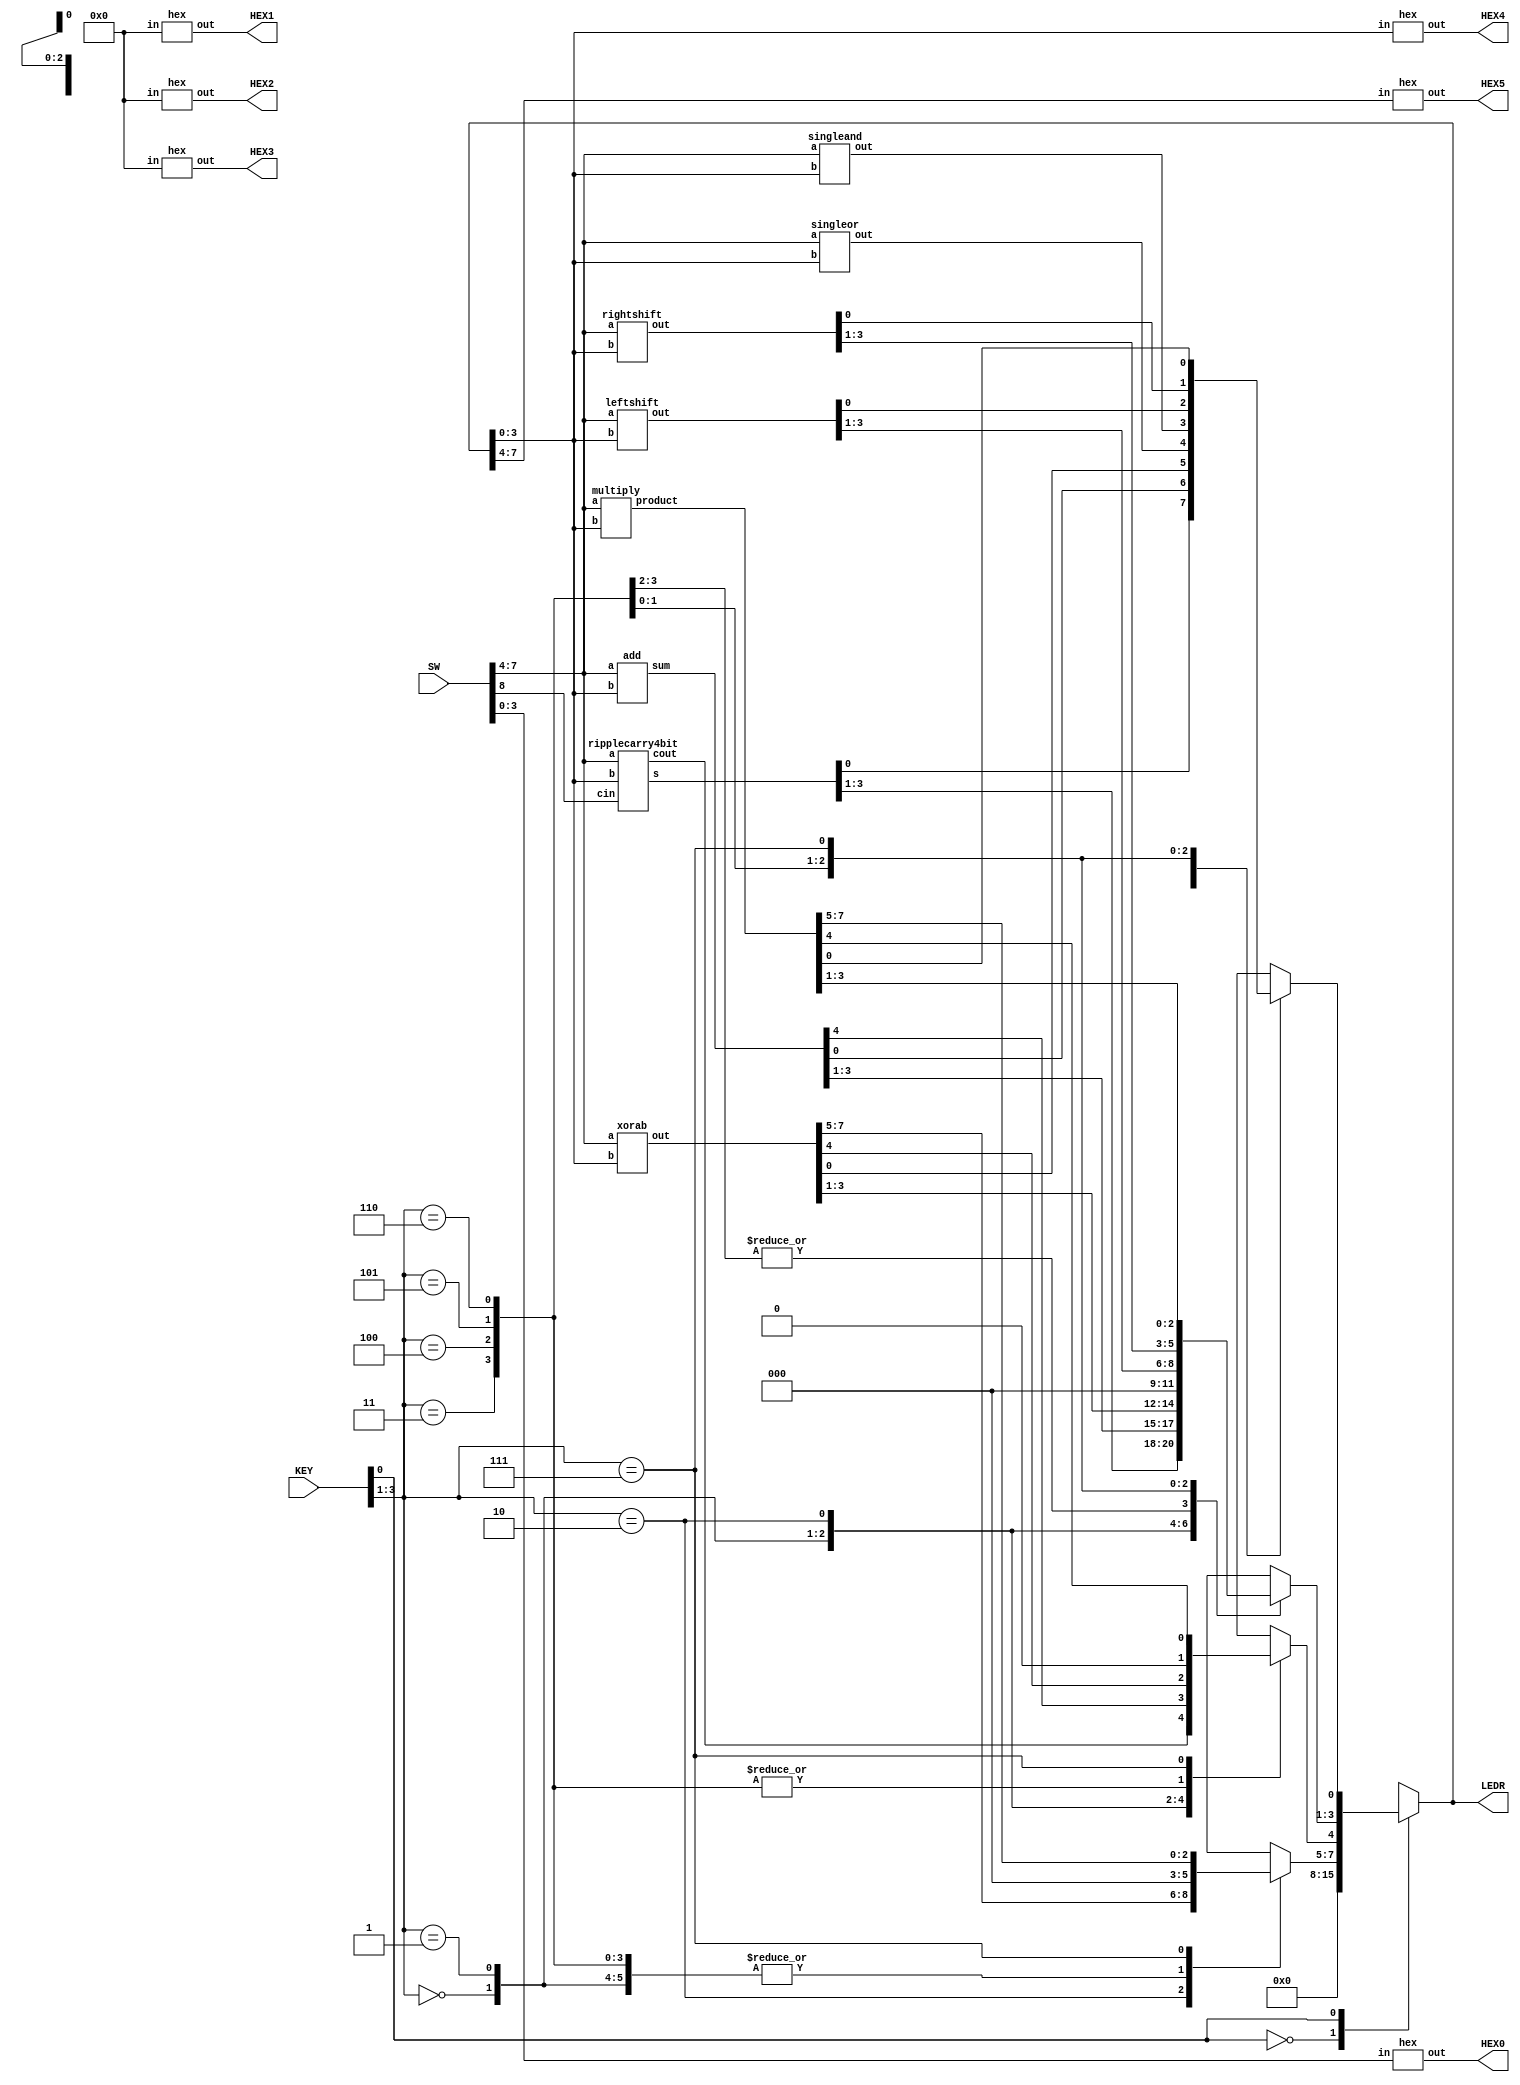
module lab3part2(SW, KEY, LEDR, HEX0, HEX2, HEX4, HEX5, HEX1, HEX3);
	input [3:0]KEY;		// KEY[0] as clock, KEY[3:1] as ALU function input
	input [9:0]SW;			// use [3:0] as Data input, SW[9] as Reset_b
	output reg [7:0]LEDR;	// output of ALU & register in binary

	wire [4:0]rippleout;
	wire [4:0]sumout;
	wire [7:0]xorabout;
	wire [7:0]sigabout;
	wire singleorout;
	wire singleandout;
	wire [3:0]leftshiftout;
	wire [3:0]rightshiftout;
	wire [7:0]productout;

	output [0:6]HEX0;		// displays the hex value of Data (SW[3:0])
	output [0:6]HEX1;		// set to 0 or blank
	output [0:6]HEX2;		// set to 0 or blank
	output [0:6]HEX3;		// set to 0 or blank
	output [0:6]HEX4;		// least-significant 4 bits of Register
	output [0:6]HEX5;		// most-significant 4 bits of Register

	
	// results of all parts of ALU
	ripplecarry4bit a(.a(SW[7:4]), .b(LEDR[3:0]), .cin(SW[8]), .s(rippleout[3:0]), .cout(rippleout[4]));
	add b(.a(SW[7:4]), .b(LEDR[3:0]), .sum(sumout[4:0]));
	xorab c(.a(SW[7:4]), .b(LEDR[3:0]), .out(xorabout[7:0]));
	singleor d(.a(SW[7:4]), .b(LEDR[3:0]), .out(singleorout));
	singleand e(.a(SW[7:4]), .b(LEDR[3:0]), .out(singleandout));
	//sigab f(.a(SW[7:4]), .b(LEDR[3:0]), .out(sigabout[7:0]));

	leftshift f(.a(SW[7:4]), .b(LEDR[3:0]), .out(leftshiftout[3:0]));
	rightshift g(.a(SW[7:4]), .b(LEDR[3:0]), .out(rightshiftout[3:0]));
	multiply h(.a(SW[7:4]), .b(LEDR[3:0]), .product(productout[7:0]));

	// HEX0 displays the value of the input SW[3:0]
	hex h0(.in(SW[3:0]), .out(HEX0[0:6]));
	// set HEX1, HEX2 and HEX3 to 0 or blank
	hex h2(.in(4'b0000), .out(HEX2[0:6]));
	hex h1(.in(4'b0000), .out(HEX1[0:6]));
	hex h3(.in(4'b0000), .out(HEX3[0:6]));


	always@(*)
	begin
		case(KEY[3:1])
		// 2016: just load A into LEDR[7:4], B -> LEDR[3:0]
			0: begin		// A+B using adder from Lab 2 part 2, output is 5 bits
				LEDR[4:0]= rippleout[4:0];
				LEDR[7:5]=0;
				end
			1: begin		// A+B using the + operator
				LEDR[4:0]= sumout[4:0];
				LEDR[7:5]=0;
				end
			2: begin		// A XOR B and A OR B
				LEDR[7:0]= xorabout[7:0];
				end
			3: begin 	// return 1 if not 0 with one OR
				LEDR[0]= singleorout;
				LEDR[7:1]=0;
				end
			4: begin 	// check if all ones with one AND
				LEDR[0]= singleandout;
				LEDR[7:1]=0;
				end
			5: begin		// left shift B by A bits
				LEDR[3:0] = leftshiftout[3:0];
				LEDR[7:4] = 0;
				end
			6: begin		// right shift B by A bits (logical shift >>)
				LEDR[3:0] = rightshiftout[3:0];
				LEDR[7:4] = 0;
				end
			7: begin
				LEDR[7:0] = productout[7:0];
				end
			default: LEDR[7:0]=7'b0000000;
		endcase
		case(KEY[0])
			0:
			begin
					LEDR[7:0] = 0;
				end
			1:
				 begin
					LEDR[7:0]= LEDR[7:0];
				end
			default: LEDR[7:0]=0;
		endcase
	end

	// display output of the output
	hex h4(.in(LEDR[3:0]), .out(HEX4[0:6]));
	hex h5(.in(LEDR[7:4]), .out(HEX5[0:6]));
endmodule








// ================================================
// ==============MODULES===========================
// ================================================
// ripplecarry4bit input
module ripplecarry4bit(a,b,cin,s,cout);
	input [3:0]a;
	input [3:0]b;
	input cin;
	wire w1,w2,w3;
	output [3:0]s;
	output cout;

	// series of full adders
	fa add0(.a(a[0]), .b(b[0]), .cin(cin), .s(s[0]), .cout(w1));
	fa add1(.a(a[1]), .b(b[1]), .cin(w1), .s(s[1]), .cout(w2));
	fa add2(.a(a[2]), .b(b[2]), .cin(w2), .s(s[2]), .cout(w3));
	fa add3(.a(a[3]), .b(b[3]), .cin(w3), .s(s[3]), .cout(cout));
endmodule

// full adder module
module fa(a,b,cin,s,cout);
	input a, b, cin;
	output s, cout;

	assign s= a^b^cin;
	assign cout= (b&a) | (a&cin) | (b&cin);
endmodule

// convert signals into a hex display
module hex(out,in);
	input [3:0]in;
	output reg [0:6]out;
	always@(in)
		case(in)
			0 : out=7'b0000001;
			1 : out=7'b1001111;
			2 : out=7'b0010010;
			3 : out=7'b0000110;
			4 : out=7'b1001100;
			5 : out=7'b0100100;
			6 : out=7'b0100000;
			7 : out=7'b0001111;
			8 : out=7'b0000000;
			9 : out=7'b0000100;
			10 : out=7'b0001000;
			11 : out=7'b1100000;
			12 : out=7'b0110001;
			13 : out=7'b1000010;
			14 : out=7'b0110000;
			15 : out=7'b0111000;
			default: out=7'b0000000;
		endcase
endmodule

module add(a, b, sum);
	input [3:0]a;
	input [3:0]b;
	output [4:0] sum;

	assign sum= a+b;
endmodule

module xorab(a,b,out);
	input [3:0]a;
	input[3:0]b;
	output [7:0]out;

	assign out1= a^b;
	assign out2= a|b;

	assign out= {a|b, a^b};
endmodule

module singleor(a,b,out);
	input [3:0]a;
	input [3:0]b;
	output out;

	assign out= |{b,a};
endmodule

module singleand(a,b,out);
	input [3:0]a;
	input [3:0]b;
	output out;

	assign out= &{b,a};
endmodule

// Case 5
module leftshift(a, b, out);
	input [3:0]a;
	input [3:0]b;
	output [3:0]out;

	assign out = a <<< b;
endmodule

// Case 6
module rightshift(a, b, out);
	input [3:0]a;
	input [3:0]b;
	output [3:0]out;

	assign out = a >> b;
endmodule

// multiply for the ALU's case 7
module multiply(a, b, product);
	input [3:0]a;
	input [3:0]b;
	output [7:0] product;

	assign product[3:0]= a*b;
	assign product[7:4] = 0;
endmodule